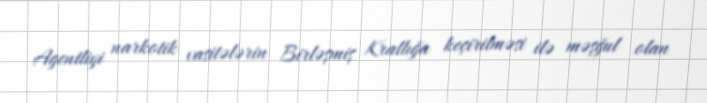
Agentliyi narkotik vasitələrin Birləşmiş Krallığa keçirilməsi ilə məşğul olan